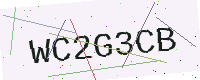
Text: WC2G3CB